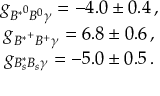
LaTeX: \begin{array} { c } { { g _ { { B ^ { \ast } } ^ { 0 } B ^ { 0 } \gamma } = - 4 . 0 \pm 0 . 4 \, , } } \\ { { g _ { { B ^ { \ast } } ^ { + } B ^ { + } \gamma } = 6 . 8 \pm 0 . 6 \, , } } \\ { { g _ { B _ { s } ^ { \ast } B _ { s } \gamma } = - 5 . 0 \pm 0 . 5 \, . } } \end{array}